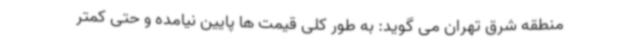
منطقه شرق تهران می گوید: به طور کلی قیمت ها پایین نیامده و حتی کمتر